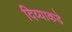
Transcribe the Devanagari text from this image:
दिव्याकडे